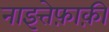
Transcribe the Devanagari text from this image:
नाइत्तेफ़ाक़ी